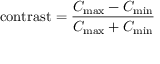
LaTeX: { \mathrm { c o n t r a s t } } = { \frac { C _ { \operatorname* { m a x } } - C _ { \operatorname* { m i n } } } { C _ { \operatorname* { m a x } } + C _ { \operatorname* { m i n } } } }